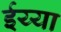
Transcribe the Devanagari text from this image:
ईय्या